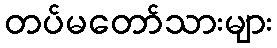
တပ်မတော်သားများ